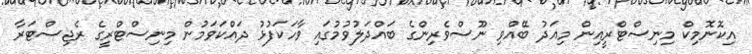
އިކޮނޮމިކް މިނިސްޓްރީއިން މިއަދު ބޭއްވި ނޫސްވެރިންގެ ބައްދަލުވުމުގައި ވާހަކަފުޅު ދައްކަވަމުން މިނިސްޓްރީގެ ރެޖިސްޓަރާ